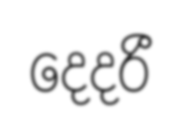
දෙදරී